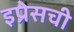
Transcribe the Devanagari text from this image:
इप्रेसची